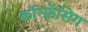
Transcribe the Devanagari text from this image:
कॉंन्फ्रेंसिग